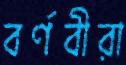
বর্ণবীরা